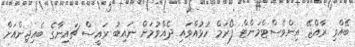
ބޭއްވި ރާއްޖޭ އިންވެސްޓްމަންޓް ފޯރަމް ހުޅުއްވައި ދެއްވުމަށް ނައިބު ރައީސް ޗައިނާގެ ބެއިޖިންއަށް